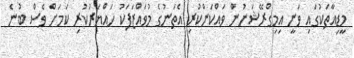
މީޑިއާތަކުގައި ވަނީ އިމިގްރޭޝަނުން ވައްކަންކުރި އެތަނުގެ މުވައްޒަފަކު ހައްޔަރުކުރި ކަމަށް ވެސް ބުނެ